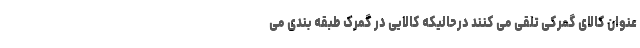
عنوان کالای گمرکی تلقی می کنند درحالیکه کالایی در گمرک طبقه بندی می